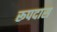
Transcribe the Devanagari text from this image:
रूपदास